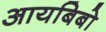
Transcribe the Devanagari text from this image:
आयबिबो